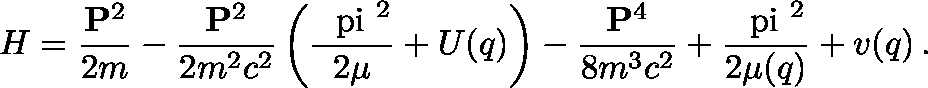
H = \frac { { \bf P } ^ { 2 } } { 2 m } - \frac { { \bf P } ^ { 2 } } { 2 m ^ { 2 } c ^ { 2 } } \left( \frac { { \mathrm { \boldmath ~ \ p i ~ } } ^ { 2 } } { 2 \mu } + U ( q ) \right) - \frac { { \bf P } ^ { 4 } } { 8 m ^ { 3 } c ^ { 2 } } + \frac { { \mathrm { \boldmath ~ \ p i ~ } } ^ { 2 } } { 2 \mu ( q ) } + v ( q ) \, .